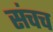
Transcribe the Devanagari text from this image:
संचच